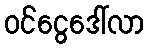
ဝင်ငွေဒေါ်လာ